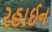
રહાઈન